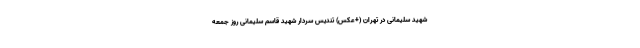
شهید سلیمانی در تهران (+عکس) تندیس سردار شهید قاسم سلیمانی روز جمعه